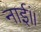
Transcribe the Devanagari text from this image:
नाईं॥